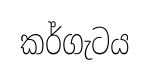
කර්ගැටය